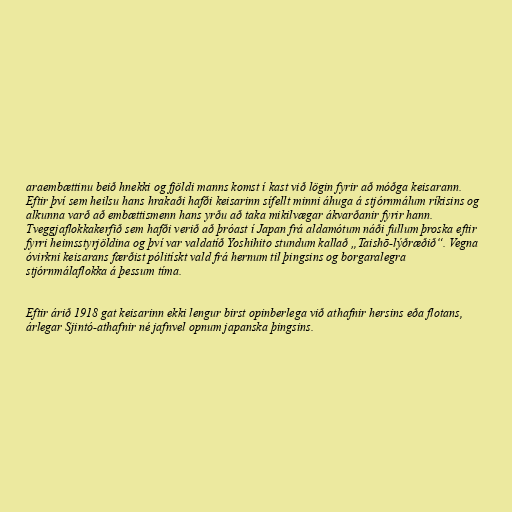
araembættinu beið hnekki og fjöldi manns komst í kast við lögin fyrir að móðga keisarann.
Eftir því sem heilsu hans hrakaði hafði keisarinn sífellt minni áhuga á stjórnmálum ríkisins og
alkunna varð að embættismenn hans yrðu að taka mikilvægar ákvarðanir fyrir hann.
Tveggjaflokkakerfið sem hafði verið að þróast í Japan frá aldamótum náði fullum þroska eftir
fyrri heimsstyrjöldina og því var valdatíð Yoshihito stundum kallað „Taishō-lýðræðið“. Vegna
óvirkni keisarans færðist pólitískt vald frá hernum til þingsins og borgaralegra
stjórnmálaflokka á þessum tíma.

Eftir árið 1918 gat keisarinn ekki lengur birst opinberlega við athafnir hersins eða flotans,
árlegar Sjintó-athafnir né jafnvel opnum japanska þingsins.